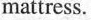
mattress.